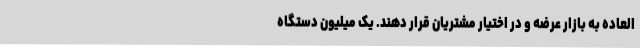
العاده به بازار عرضه و در اختیار مشتریان قرار دهند. یک میلیون دستگاه